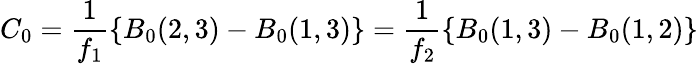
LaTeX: C_{0}=\frac{1}{f_{1}}\{ B_{0}(2,3)-B_{0}(1,3)\} =\frac{1}{f_{2}}\{ B_{0}(1,3)-B_{0}(1,2)\}